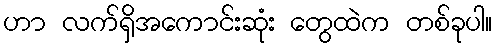
ဟာ လက်ရှိအကောင်းဆုံး တွေထဲက တစ်ခုပါ။